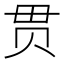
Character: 贯